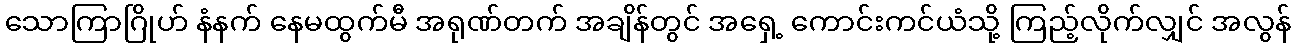
သောကြာဂြိုဟ် နံနက် နေမထွက်မီ အရုဏ်တက် အချိန်တွင် အရှေ့ ကောင်းကင်ယံသို့ ကြည့်လိုက်လျှင် အလွန်